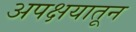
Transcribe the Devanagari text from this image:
अपक्षयातून